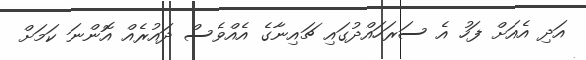
އަދި އެއަށް ފަހު އެ ސަރަހައްދުގައި ޗައިނާގެ އެއްވެސް ދައުރެއް އޮންނަ ކަމަށް